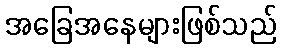
အခြေအနေများဖြစ်သည်